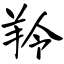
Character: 羚